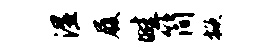
湿履畦简掀